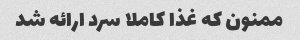
ممنون که غذا کاملا سرد ارائه شد